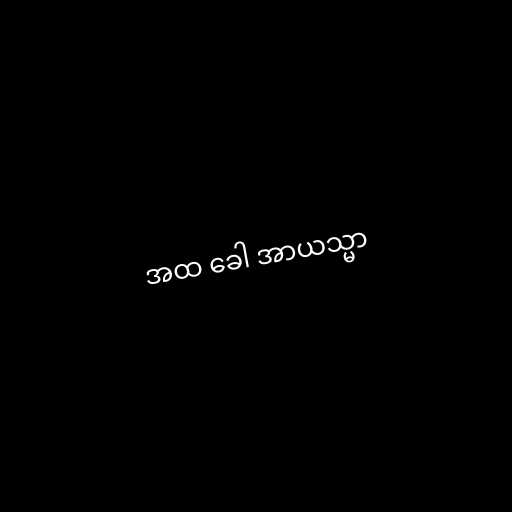
အထ ခေါ အာယသ္မာ